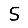
Digit: 5